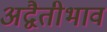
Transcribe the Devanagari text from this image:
अद्वैतीभाव